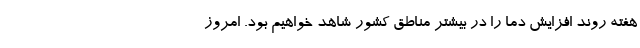
هفته روند افزایش دما را در بیشتر مناطق کشور شاهد خواهیم بود. امروز